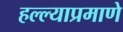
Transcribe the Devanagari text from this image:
हल्ल्याप्रमाणे